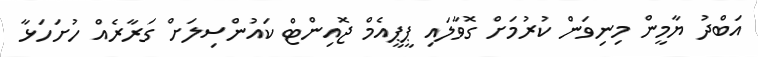
އަބްދު ޔާމީން މިނިވަން ކުރުމަށް ގޮވާލައި ޕީޕީއެމް ޖޮއިންޓް ކައުންސިލަށް ގަރާރެއް ހުށަހަޅާ